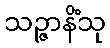
သဉ္ဇာနိံသု